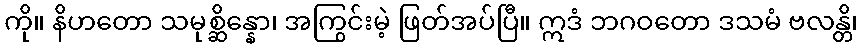
ကို။ နိဟတော သမုစ္ဆိန္နော၊ အကြွင်းမဲ့ ဖြတ်အပ်ပြီ။ ဣဒံ ဘဂဝတော ဒသမံ ဗလန္တိ၊